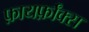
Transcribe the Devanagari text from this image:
फ़ायर्फ़ॉक्स